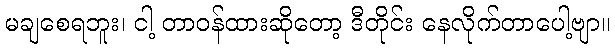
မချစေရဘူး၊ ငါ့ တာဝန်ထားဆိုတော့ ဒီတိုင်း နေလိုက်တာပေါ့ဗျာ။